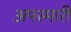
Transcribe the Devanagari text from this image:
अपस्मारी